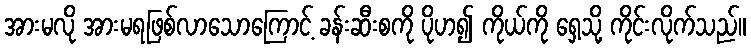
အားမလို အားမရဖြစ်လာသောကြောင့် ခန်းဆီးစကို ပိုဟ၍ ကိုယ်ကို ရှေ့သို့ ကိုင်းလိုက်သည်။